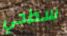
سطحي